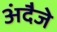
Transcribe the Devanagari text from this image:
अंदैजे